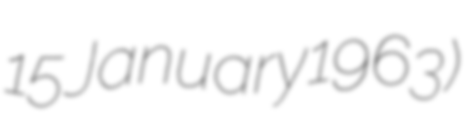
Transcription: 15 January 1963)